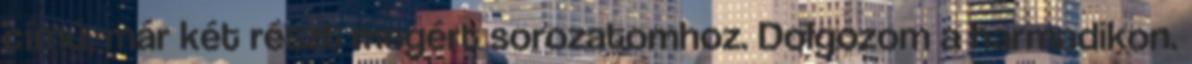
című, már két részt megért sorozatomhoz. Dolgozom a harmadikon.